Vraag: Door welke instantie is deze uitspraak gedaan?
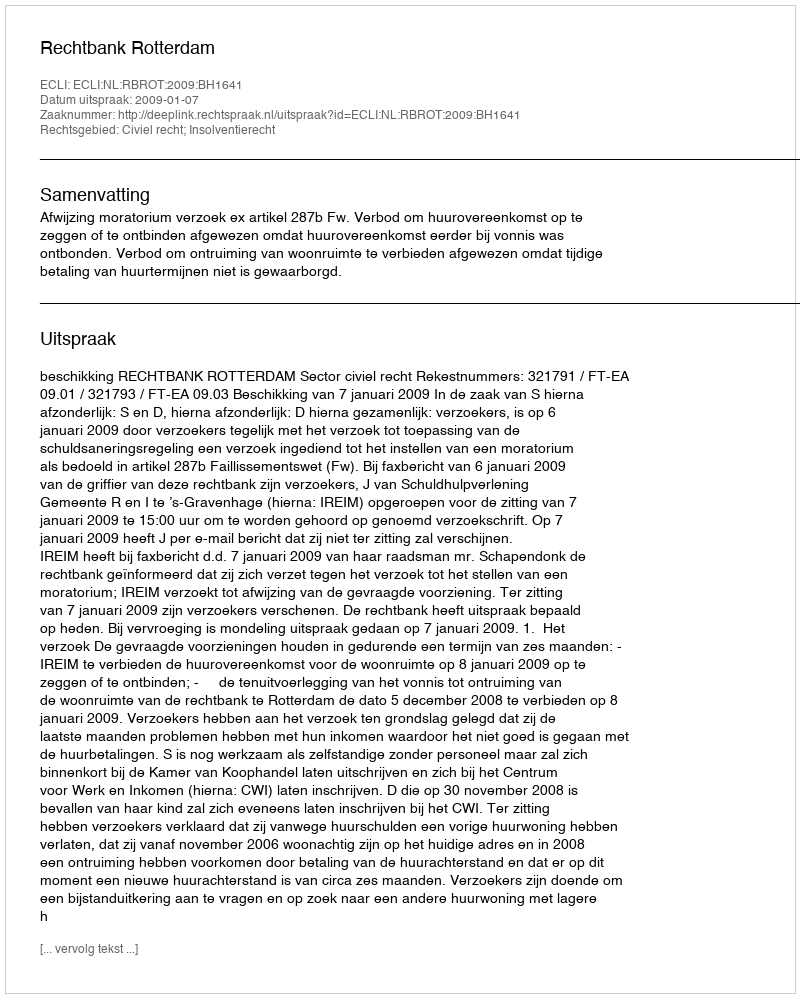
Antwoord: Rechtbank Rotterdam